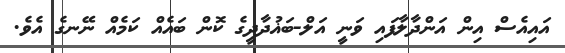
އައިއެސް އިން އަންދާލާފައި ވަނީ އަލް-ބަޣުދާދީގެ ކޮން ބައެއް ކަމެއް ނޭނގެ އެވެ.